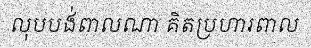
លុបបង់ពាលណា គិតប្រហារពាល